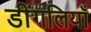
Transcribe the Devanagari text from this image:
डींगलियाँ